Indian journal of veterinary science and animal husbandry - Volumes 26-27, 1956-1957
Year: 1956
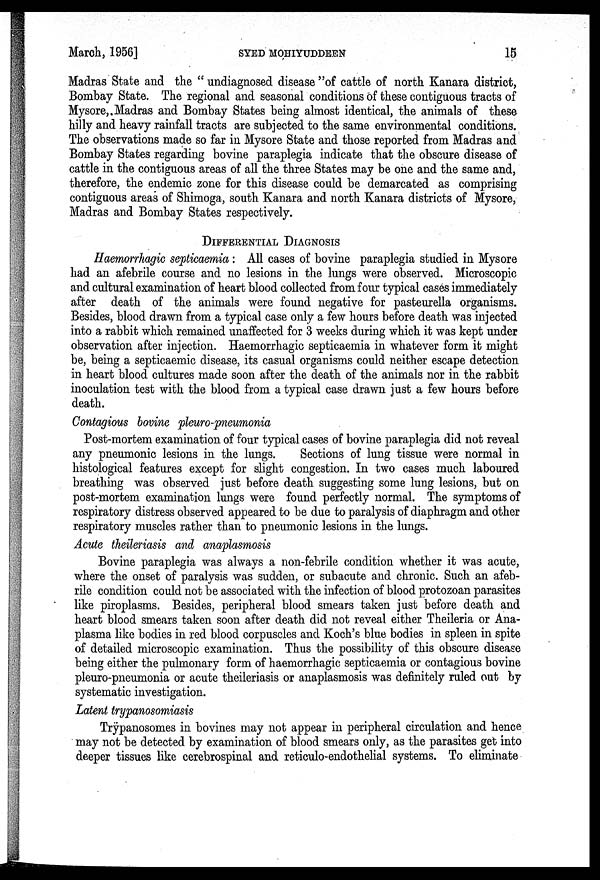
March, 1956]
SYED
MOHIYUDDEEN
15
Madras State and the " undiagnosed disease "of cattle of north Kanara district,
Bombay State. The regional and seasonal conditions of these contiguous tracts of
Mysore, Madras and Bombay States being almost identical, the animals of these
hilly and heavy rainfall tracts are subjected to the same environmental conditions.
The observations made so far in Mysore State and those reported from Madras and
Bombay States regarding bovine paraplegia indicate that the obscure disease of
cattle in the contiguous areas of all the three States may be one and the same and,
therefore, the endemic zone for this disease could be demarcated as comprising
contiguous areas of Shimoga, south Kanara and north Kanara districts of Mysore,
Madras and Bombay States respectively.
DIFFERNTIAL DIAGNOSIS
Haemorrhagic septicaemia : All cases of bovine paraplegia studied in Mysore
had an afebrile course and no lesions in the lungs were observed. Microscopic
and cultural examination of heart blood collected from four typical cases immediately
after death of the animals were found negative for pasteurella organisms.
Besides, blood drawn from a typical case only a few hours before death was injected
into a rabbit which remained unaffected for 3 weeks during which it was kept under
observation after injection. Haemorrhagic septicaemia in whatever form it might
be, being a septicaemic disease, its casual organisms could neither escape detection
in heart blood cultures made soon after the death of the animals nor in the rabbit
inoculation test with the blood from a typical case drawn just a few hours before
death.
Contagious bovine pleuro-pneumonia
Post-mortem examination of four typical cases of bovine paraplegia did not reveal
any pneumonic lesions in the lungs.
Sections of lung tissue were normal in
histological features except for slight congestion. In two cases much laboured
breathing was observed just before death suggesting some lung lesions, but on
post-mortem examination lungs were found perfectly normal. The symptoms of
respiratory distress observed appeared to be due to paralysis of diaphragm and other
respiratory muscles rather than to pneumonic lesions in the lungs.
Acute theileriasis and anaplasmosis
Bovine paraplegia was always a non-febrile condition whether it was acute,
where the onset of paralysis was sudden, or subacute and chronic. Such an afeb-
rile condition could not be associated with the infection of blood protozoan parasites
like piroplasms. Besides, peripheral blood smears taken just before death and
heart blood smears taken soon after death did not reveal either Theileria or Ana-
plasma like bodies in red blood corpuscles and Koch's blue bodies in spleen in spite
of detailed microscopic examination. Thus the possibility of this obscure disease
being either the pulmonary form of haemorrhagic septicaemia or contagious bovine
pleuro-pneumonia or acute theileriasis or anaplasmosis was definitely ruled out by
systematic investigation.
Latent trypanosomiasis
Trypanosomes in bovines may not appear in peripheral circulation and hence
may not be detected by examination of blood smears only, as the parasites get into
deeper tissues like cerebrospinal and reticulo-endothelial systems. To eliminate